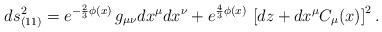
LaTeX: \begin{align*}ds^2_{(11)}= e^{-\frac23 \phi(x)} \, g_{\mu\nu} dx^\mu dx^\nu + e^{\frac43 \phi(x)} \,\left[dz + dx^\mu C_\mu(x)\right]^2.\end{align*}